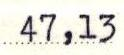
47,13